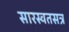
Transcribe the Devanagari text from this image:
सारस्वतसत्र